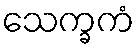
သေက္ခကံ